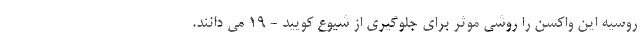
روسیه این واکسن را روشی موثر برای جلوگیری از شیوع کویید - ۱۹ می دانند.